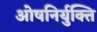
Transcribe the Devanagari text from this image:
ओषनिर्युक्ति